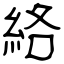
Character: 絡